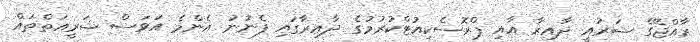
ރާއްޖޭގެ ޝަރުއީ ދާއިރާ އާއި ޕްރޮސެކިއުޓްކުރުމުގެ ދާއިރާގައި ފެނުނު އެންމެ އަވަސް ޝަރީއަތްތައް